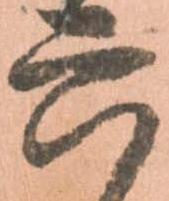
六